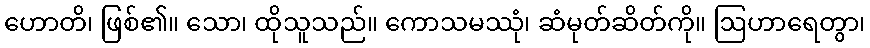
ဟောတိ၊ ဖြစ်၏။ သော၊ ထိုသူသည်။ ကောသမဿုံ၊ ဆံမုတ်ဆိတ်ကို။ ဩဟာရေတွာ၊